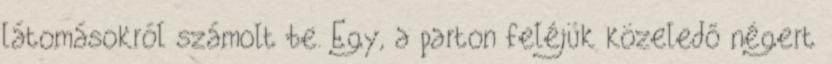
látomásokról számolt be. Egy, a parton feléjük közeledő négert